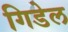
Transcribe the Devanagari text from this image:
गिडेल